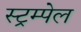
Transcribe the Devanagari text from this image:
स्ट्रम्पेल